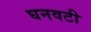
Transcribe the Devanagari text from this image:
घनवटी